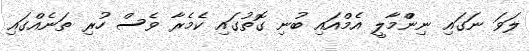
ލަވަ ނަގައި ނިންްމާލީ އެމްއައި ބުނި ގޮތުގައި ކެމެރާ ވެސް ހުރި ތަނެއްގައި